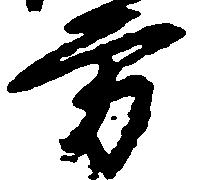
方